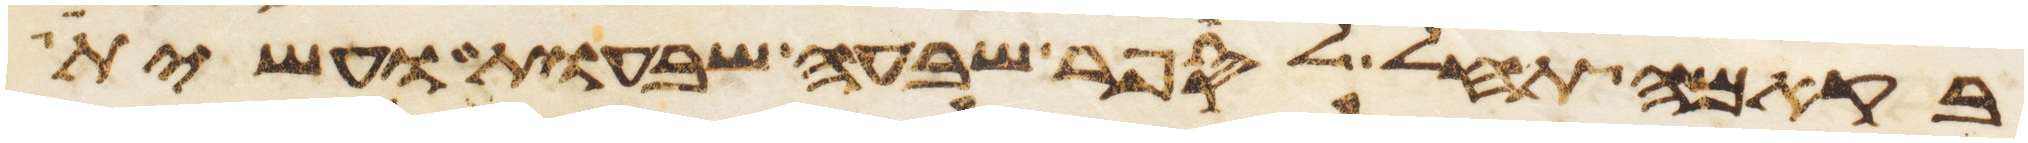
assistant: בקמה תחל לספר שבעה שבעות ועשית